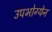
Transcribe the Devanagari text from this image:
उपभोग्येन